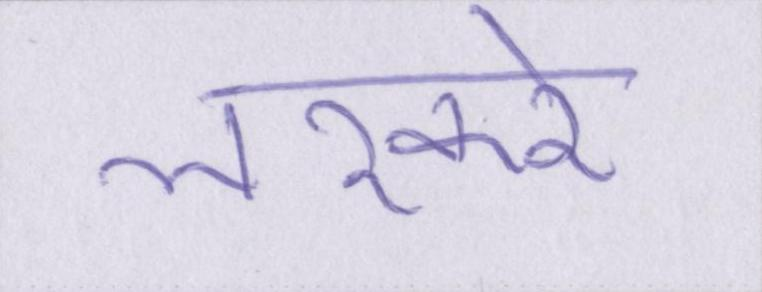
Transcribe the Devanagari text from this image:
लश्करे